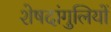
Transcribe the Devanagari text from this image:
शेषदांगुलियों